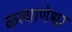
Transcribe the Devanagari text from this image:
कल्याणेश्वर